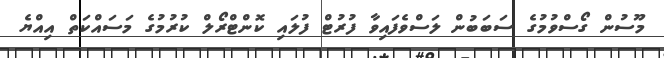
މޫސުން ގޯސްވުމުގެ ސަބަބުން ލަސްވެފައިވާ ފުރުޓް ފުލައި ކޮންޓްރޯލް ކުރުމުގެ މަސައްކަތް އިއްޔެ